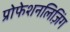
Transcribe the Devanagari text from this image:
प्रोफेशनलिज़िंग